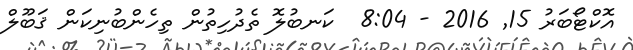
އޮކްޓޯބަރު 15